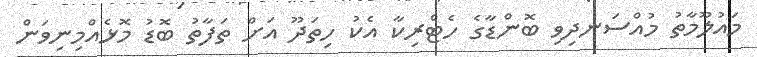
މައުލޫމާތު މުއްސަނދިވި ބޮންޑާގެ ހެޓްރިކާ އެކު ހިތަދޫ އަށް ތަފާތު ބޮޑު މޮޅެއްމިނިވަން